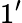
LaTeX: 1^{\prime}